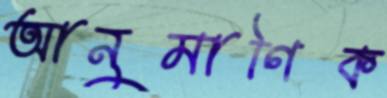
আনুমাণিক